Leaving Certificate Examination, 1923
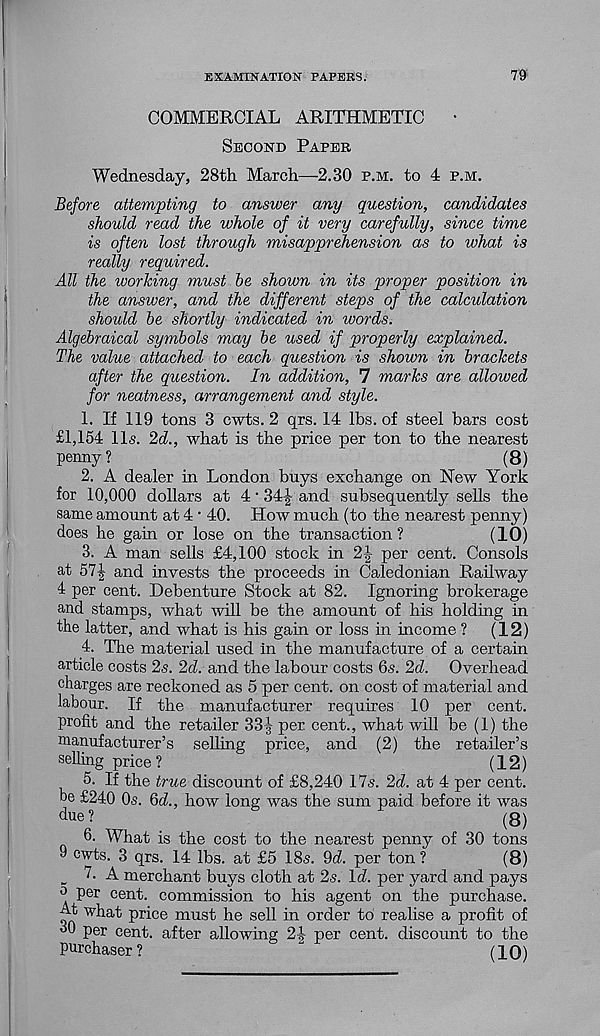
EXAMINATIOK PAPERS.
79
COMMERCIAL ARITHMETIC
•
Second Paper
Wednesday, 28th March—2.30 p.m. to 4 p.m.
Before attempting to answer any question, candidates
should read the whole of it very carefully, since time
is often lost through misapprehension as to what is
really required.
All the working must he shown in its proper position in
the answer, and the different steps of the calculation
should he shortly indicated in words.
Algebraical symbols may he used if properly explained.
The value attached to each question is shown in brackets
after the question. In addition, 7 marks are allowed
for neatness, arrangement and style.
1. If 119 tons 3 cwts. 2 qrs. 14 lbs. of steel bars cost
£1,154 11s. 2d., what is the price per ton to the nearest
penny ?
(8)
2. A dealer in London buys exchange on New York
for 10,000 dollars at 4 • 34-| and subsequently sells the
same amount at 4 • 40. How much (to the nearest penny)
does he gain or lose on the transaction?
(10)
3. A man sells £4,100 stock in 2J per cent. Consols
at hl\ and invests the proceeds in Caledonian Railway
4 per cent. Debenture Stock at 82. Ignoring brokerage
and stamps, what will be the amount of his holding in
the latter, and what is his gain or loss in income ?
(12)
4. The material used in the manufacture of a certain
article costs 2s. 2d. and the labour costs 6s. 2d. Overhead
charges are reckoned as 5 per cent, on cost of material and
labour. If the manufacturer requires 10 per cent,
profit and the retailer 33| per cent., what will be (1) the
manufacturer’s selling price, and (2) the retailer’s
selling price?
(12)
5. If the true discount of £8,240 17s. 2d. at 4 per cent,
be £240 0s. 6d., how long was the sum paid before it was
due ?
(8)
6. What is the cost to the nearest penny of 30 tons
9 cwts. 3 qrs. 14 lbs. at £5 18s. 9d. per ton ?
(8)
_ 7. A merchant buys cloth at 2s. Id. per yard and pays
<■ > per cent, commission to his agent on the purchase.
At what price must he sell in order to realise a profit of
30 per cent, after allowing 2| per cent, discount to the
Purchaser?
^
(10)